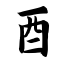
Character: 酉